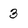
Character: 3